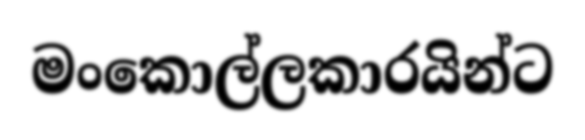
මංකොල්ලකාරයින්ට